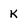
Character: k